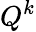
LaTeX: Q^{k}